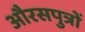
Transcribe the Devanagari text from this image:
औरसपुत्रों